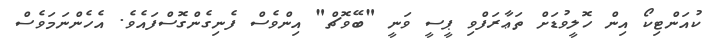
ކުއަންޓިކޯ އިން ހޮލީވުޑަށް ތަޢާރަފްވި ޕީސީ ވަނީ "ބޭވޮޗް" އިންވެސް ފެނިގެންގޮސްފައެވެ. އެހެންނަމަވެސް